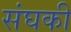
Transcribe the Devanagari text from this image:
संघकी